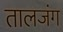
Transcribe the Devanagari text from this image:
तालजंग